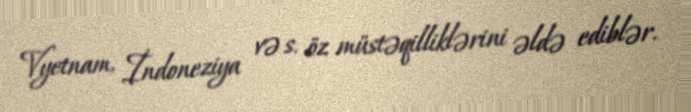
Vyetnam, İndoneziya və s. öz müstəqilliklərini əldə ediblər.